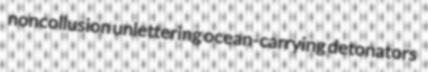
noncollusion unlettering ocean-carrying detonators